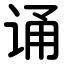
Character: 诵